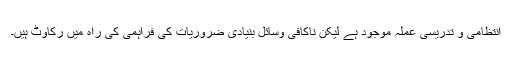
انتظامی و تدریسی عملہ موجود ہے لیکن ناکافی وسائل بنیادی ضروریات کی فراہمی کی راہ میں رکاوٹ ہیں۔